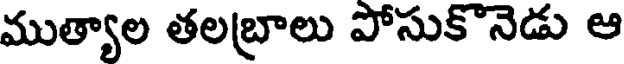
ముత్యాల తలబ్రాలు పోసుకొనెడు ఆ